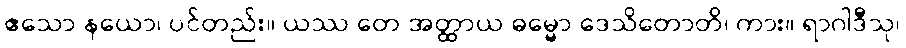
ဧသော နယော၊ ပင်တည်း။ ယဿ တေ အတ္ထာယ ဓမ္မော ဒေသိတောတိ၊ ကား။ ရာဂါဒီသု၊